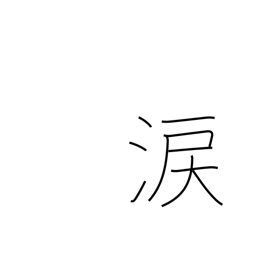
Meaning: sympathy